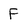
Character: F